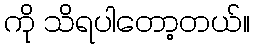
ကို သိရပါတော့တယ်။